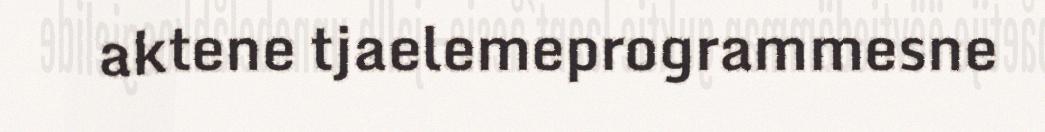
aktene tjaelemeprogrammesne